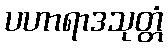
ပဟာရာဒသုတ္တံ